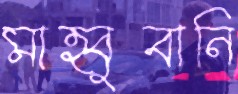
মাহ্বুবানি